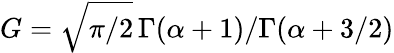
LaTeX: G=\sqrt{\pi/2}\, \Gamma(\alpha+1)/\Gamma(\alpha+3/2)